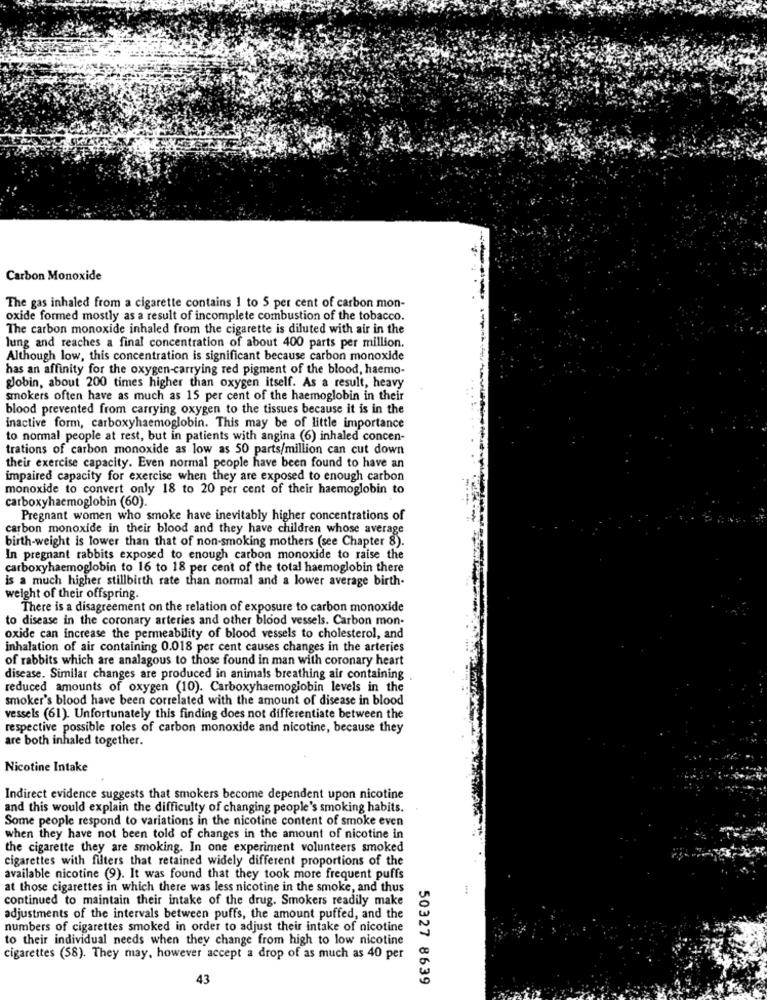
Carbon Monoxide
The gas inhaled from a cigarette contains 1 to 5 per cent of carbon mon-
oxide formed mostly as a result of incomplete combustion of the tobacco.
The carbon monoxide inhaled from the cigarette is diluted with air in the
lung and reaches a final concentration of about 400 parts per million.
Although low, this concentration is significant because carbon monoxide
has an affinity for the oxygen-carrying red pigment of the blood, haemo-
globin, about 200 times higher than oxygen itself. As a result, heavy
smokers often have as much as 15 per cent of the haemoglobin in their
blood prevented from carrying oxygen to the tissues because it is in the
inactive form, carboxyhaemoglobin. This may be of little importance
to normal people at rest, but in patients with angina (6) inhaled concen-
trations of carbon monoxide as low as 50 parts/million can cut down
their exercise capacity. Even normal people have been found to have an
impaired capacity for exercise when they are exposed to enough carbon
monoxide to convert only 18 to 20 per cent of their haemoglobin to
carboxyhaemoglobin (60).
Pregnant women who smoke have inevitably higher concentrations of
carbon monoxide in their blood and they have children whose average
birth-weight is lower than that of non-smoking mothers (see Chapter 8).
In pregnant rabbits exposed to enough carbon monoxide to raise the
carboxyhaemoglobin to 16 to 18 per cent of the total haemoglobin there
is a much higher stillbirth rate than normal and a lower average birth-
weight of their offspring.
There is a disagreement on the relation of exposure to carbon monoxide
to disease in the coronary arteries and other blood vessels. Carbon mon-
oxide can increase the permeability of blood vessels to cholesterol, and
inhalation of air containing 0.018 per cent causes changes in the arteries
of rabbits which are analagous to those found in man with coronary heart
disease. Similar changes are produced in animals breathing air containing .
reduced amounts of oxygen (10). Carboxyhaemoglobin levels in the
smoker's blood have been correlated with the amount of disease in blood
vessels (61). Unfortunately this finding does not differentiate between the
respective possible roles of carbon monoxide and nicotine, because they
are both inhaled together.
Nicotine Intake
Indirect evidence suggests that smokers become dependent upon nicotine
and this would explain the difficulty of changing people's smoking habits.
Some people respond to variations in the nicotine content of smoke even
when they have not been told of changes in the amount of nicotine in
the cigarette they are smoking. In one experiment volunteers smoked
cigarettes with filters that retained widely different proportions of the
available nicotine (9). It was found that they took more frequent puffs
at those cigarettes in which there was less nicotine in the smoke, and thus
continued to maintain their intake of the drug. Smokers readily make
adjustments of the intervals between puffs, the amount puffed, and the
numbers of cigarettes smoked in order to adjust their intake of nicotine
to their individual needs when they change from high to low nicotine
cigarettes (58). They may, however accept a drop of as much as 40 per
43
50327 8639